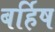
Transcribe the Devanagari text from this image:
बर्हिष